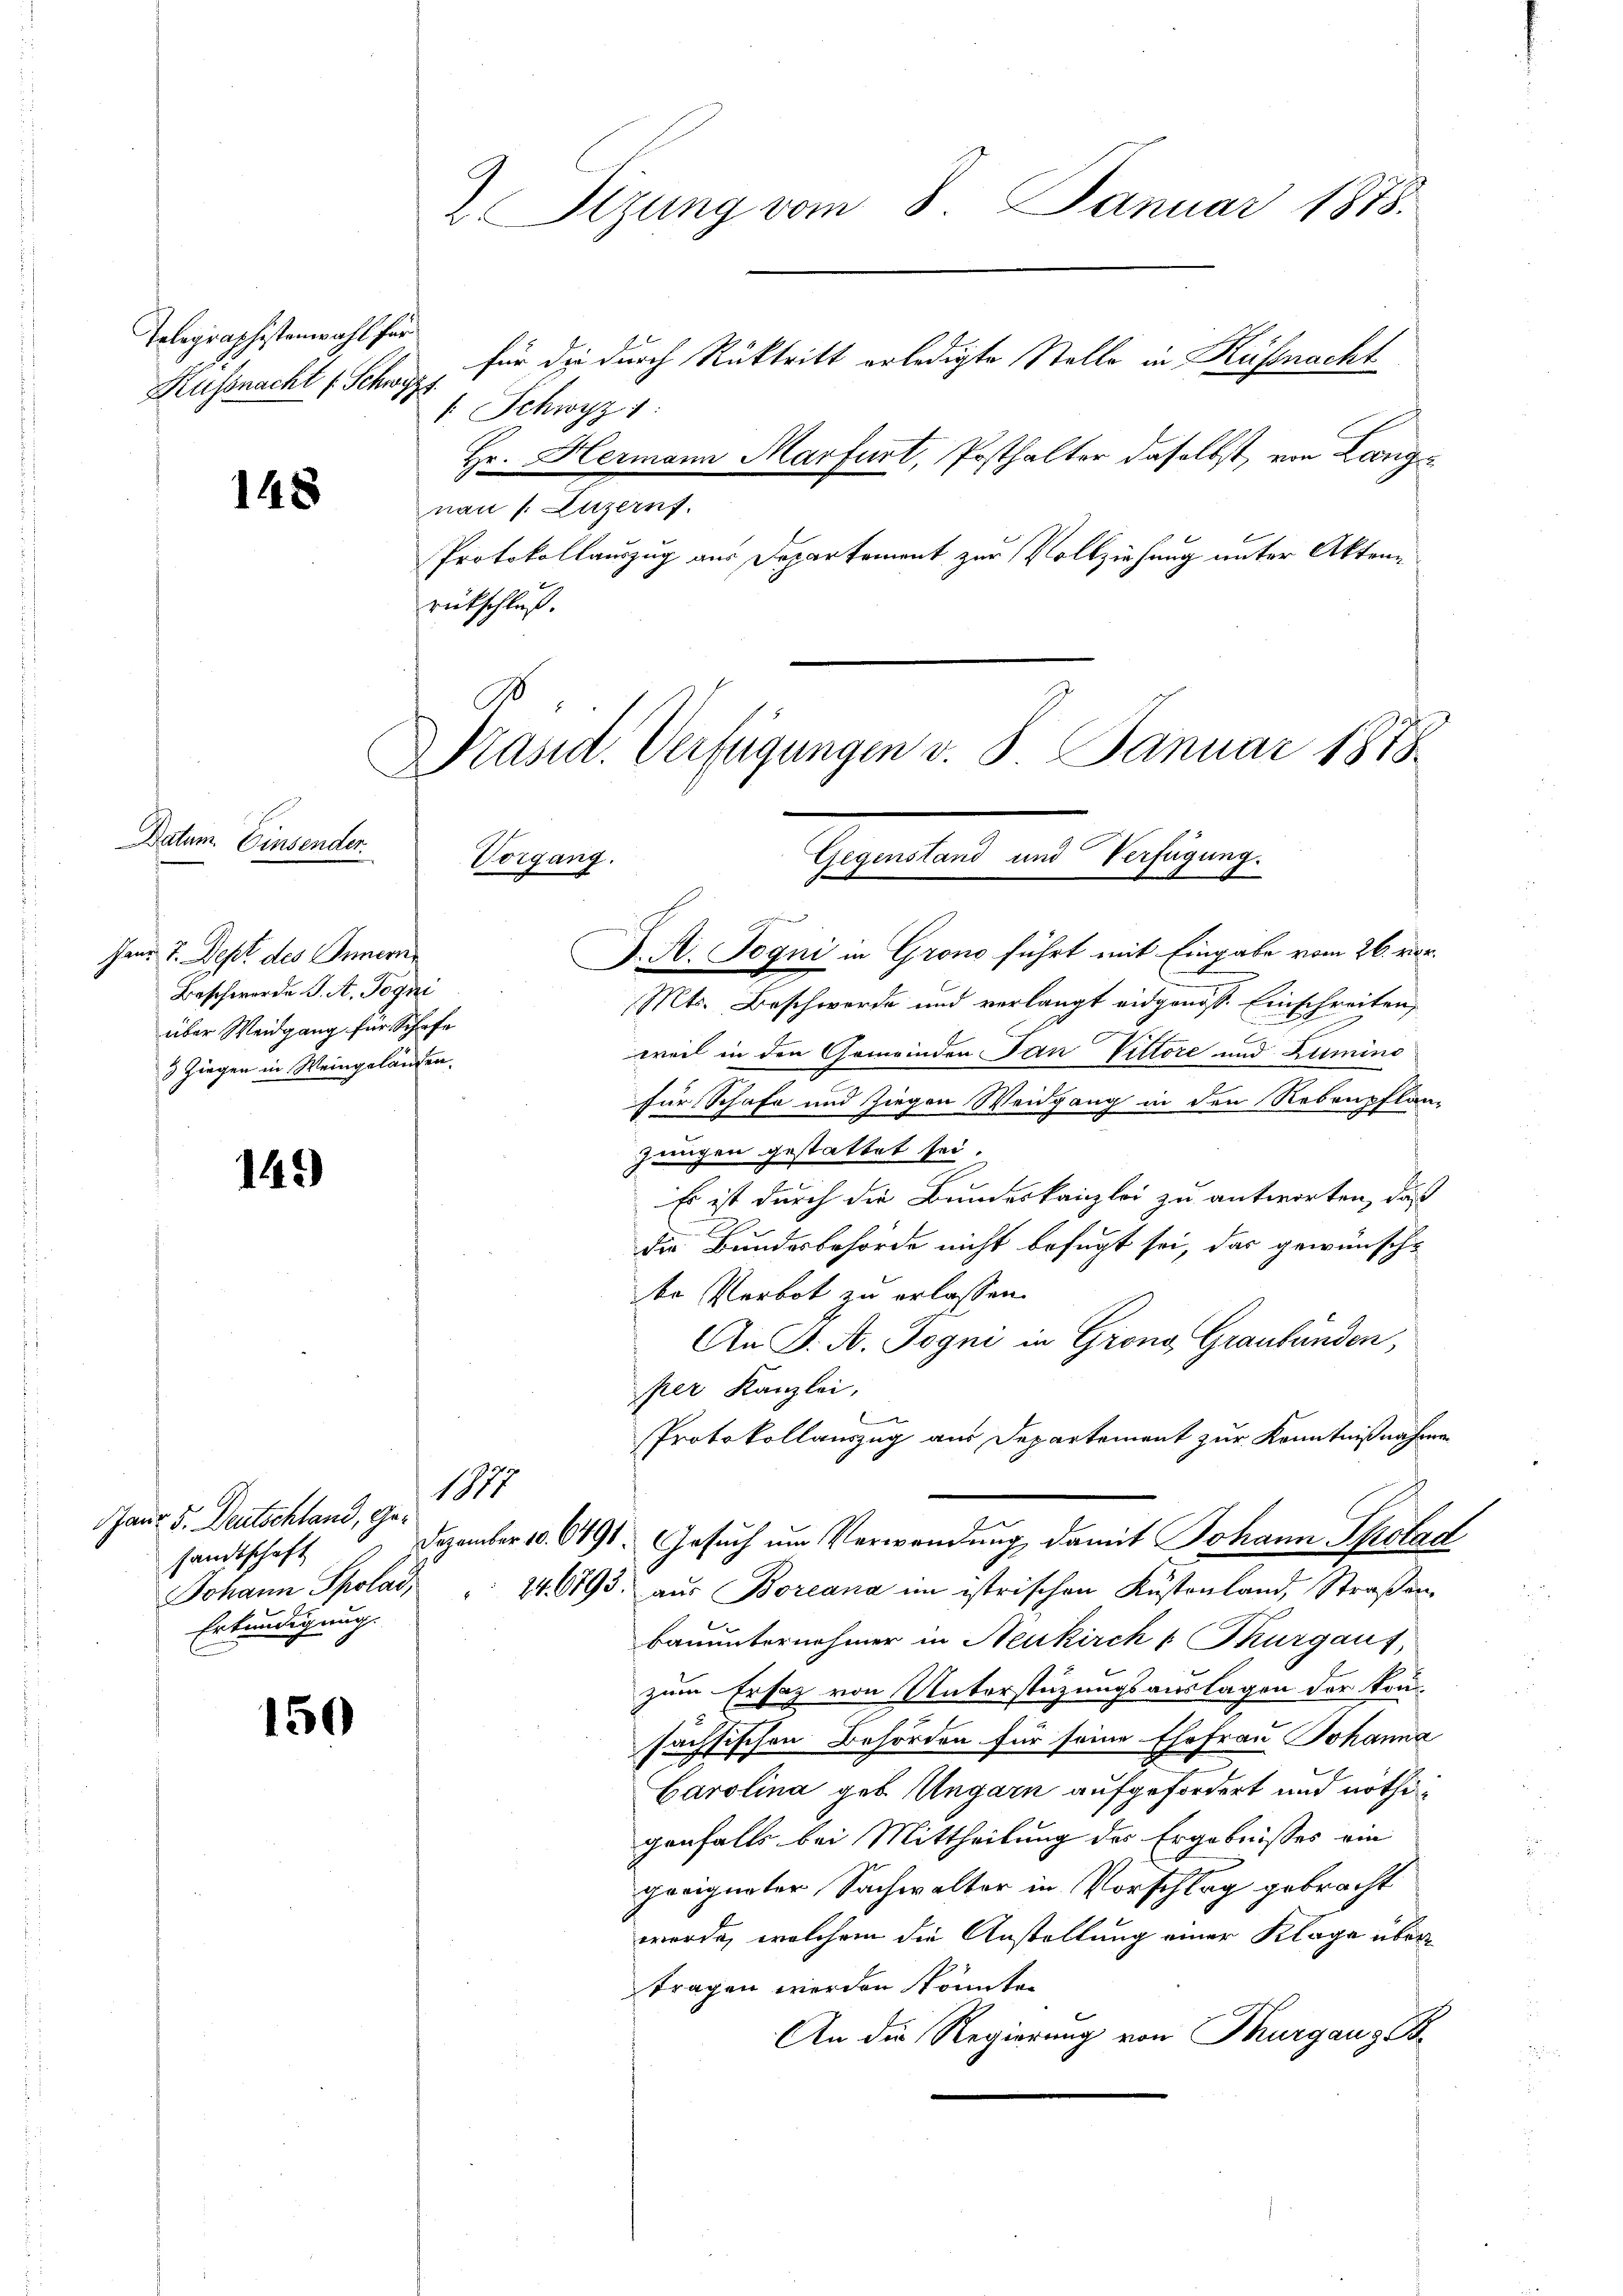
2 Sizung vom 8. Januar 1878.
für die durch Rücktritt erledigte Stelle in Küssnacht
/. Schwyz 1:

Telegraphistenwahl für
Russnacht (Schwyz

nau s. Luzern.
Protokollauszug aus Departement zur Vollziehung unter Akten
rückschluß.

Hr. Hermann Marfurt, Posthalter daselbst, von Lang

148

Präsid. Verfügungen v. 8. Januar 1878.

Gegenstand und Verfügung.
Vorgang.
g
J. A. Jogni in Grono führt mit Eingabe vom 26. vor.

Datum. Einsender.

Mts. Beschwerde und verlangt eidgenoss. Einschreiten,
weil in den Gemeinden Pan Vittore und Zumino
für Schafe und Ziegen Weidgang in den Rebenpflanz
jungen gestattet sei.
Es ist durch die Bundeskanzlei zu antworten, daß
die Bundesbehörde nicht befugt sei, das gewünsch-
der Verbot zu erlassen.
An J. A. Jogni in Grons Graubünden,
per Kanzlei,
Protokollauszug aus Departement zur Kenntnißnahmen
Dezember 10. 6491. Gesuch um Verwendung damit Johann Spotad
Johann Spolai, " 146793. aus Boreana im istrischen Küstenland, Straßen-
bauunternehmer in Neukirch v Thurgauf,
zum Ersatz von Unterstüzungsauslagen der konsächsischen Behörden für seine Ehefrau Johanna
Carolina geb. Ungarn aufgefordert und nöthigenfalls bei Mittheilung des Ergebnisses ein
geeigneter Sachwalter in Vorschlag gebracht
werde, welchem die Anstellung einer Klage übertragen werden könnte.
An die Regierung von Thurgau g

Janr 7. Dept des Innern,
Beschwerde J. A. Jogni
über Weidgang für Schafe
3 Ziegen in Weingelangen.

149

Janr 5. Deutschland, Gesandtschaft
Erkundigung.

1877

150